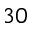
^ { 3 0 }